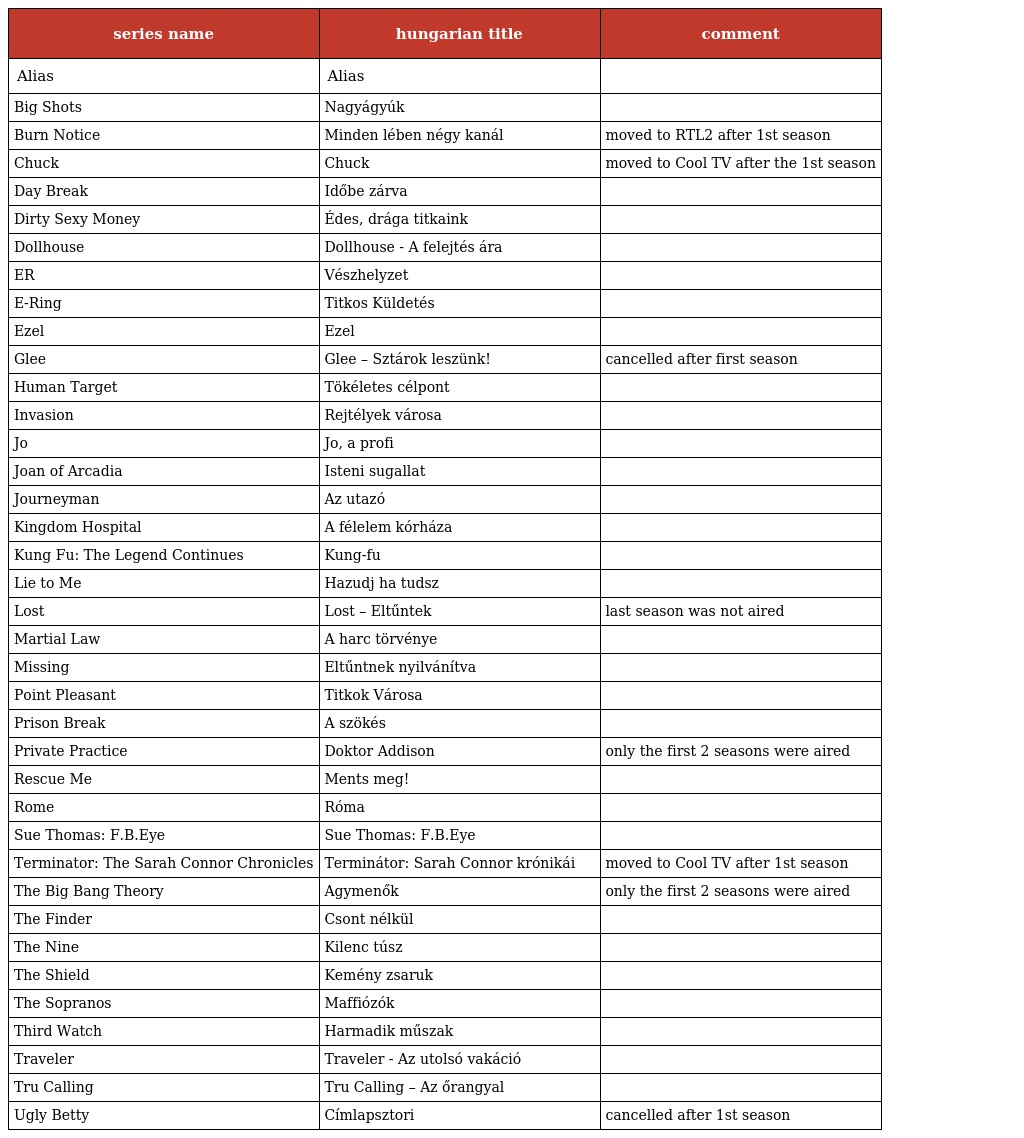
| series name | hungarian title | comment |
 | --- | --- | --- |
 | Alias | Alias |  |
 | Big Shots | Nagyágyúk |  |
 | Burn Notice | Minden lében négy kanál | moved to RTL2 after 1st season |
 | Chuck | Chuck | moved to Cool TV after the 1st season |
 | Day Break | Időbe zárva |  |
 | Dirty Sexy Money | Édes, drága titkaink |  |
 | Dollhouse | Dollhouse - A felejtés ára |  |
 | ER | Vészhelyzet |  |
 | E-Ring | Titkos Küldetés |  |
 | Ezel | Ezel |  |
 | Glee | Glee – Sztárok leszünk! | cancelled after first season |
 | Human Target | Tökéletes célpont |  |
 | Invasion | Rejtélyek városa |  |
 | Jo | Jo, a profi |  |
 | Joan of Arcadia | Isteni sugallat |  |
 | Journeyman | Az utazó |  |
 | Kingdom Hospital | A félelem kórháza |  |
 | Kung Fu: The Legend Continues | Kung-fu |  |
 | Lie to Me | Hazudj ha tudsz |  |
 | Lost | Lost – Eltűntek | last season was not aired |
 | Martial Law | A harc törvénye |  |
 | Missing | Eltűntnek nyilvánítva |  |
 | Point Pleasant | Titkok Városa |  |
 | Prison Break | A szökés |  |
 | Private Practice | Doktor Addison | only the first 2 seasons were aired |
 | Rescue Me | Ments meg! |  |
 | Rome | Róma |  |
 | Sue Thomas: F.B.Eye | Sue Thomas: F.B.Eye |  |
 | Terminator: The Sarah Connor Chronicles | Terminátor: Sarah Connor krónikái | moved to Cool TV after 1st season |
 | The Big Bang Theory | Agymenők | only the first 2 seasons were aired |
 | The Finder | Csont nélkül |  |
 | The Nine | Kilenc túsz |  |
 | The Shield | Kemény zsaruk |  |
 | The Sopranos | Maffiózók |  |
 | Third Watch | Harmadik műszak |  |
 | Traveler | Traveler - Az utolsó vakáció |  |
 | Tru Calling | Tru Calling – Az őrangyal |  |
 | Ugly Betty | Címlapsztori | cancelled after 1st season |